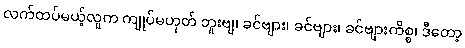
လက်ထပ်မယ့်လူက ကျုပ်မဟုတ် ဘူးဗျ၊ ခင်ဗျား၊ ခင်ဗျား၊ ခင်ဗျားကိစ္စ၊ ဒီတော့